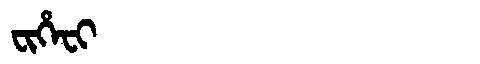
Manchu: ᠸᡳᡥᡝᠸᡳ
Romanization: FIHEFI